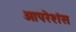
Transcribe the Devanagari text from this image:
ओपरेशंस